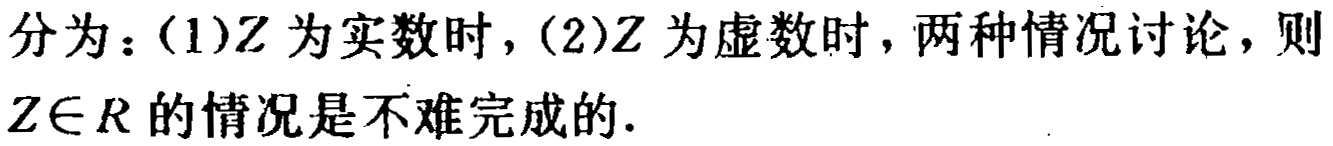
分为：(1)$Z$为实数时，(2)$Z$为虚数时，两种情况讨论，则$Z\in R$的情况是不难完成的.